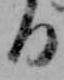
る